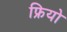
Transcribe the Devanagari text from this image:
फ्रियो